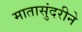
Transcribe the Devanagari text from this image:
मातासुंदरीने